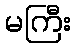
မကြီး